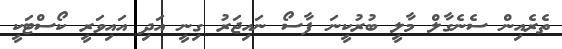
ތެރެއިން ސެނެގާލް މާލީ ބުރުކީނަ ފާސޯ ނައިޖަރު ގިނީ އަދި އައިވަރީ ކޯސްޓަކީ